Report on vaccination North-West Frontier Province 1904-1922 - 1904-1922
Year: 1904
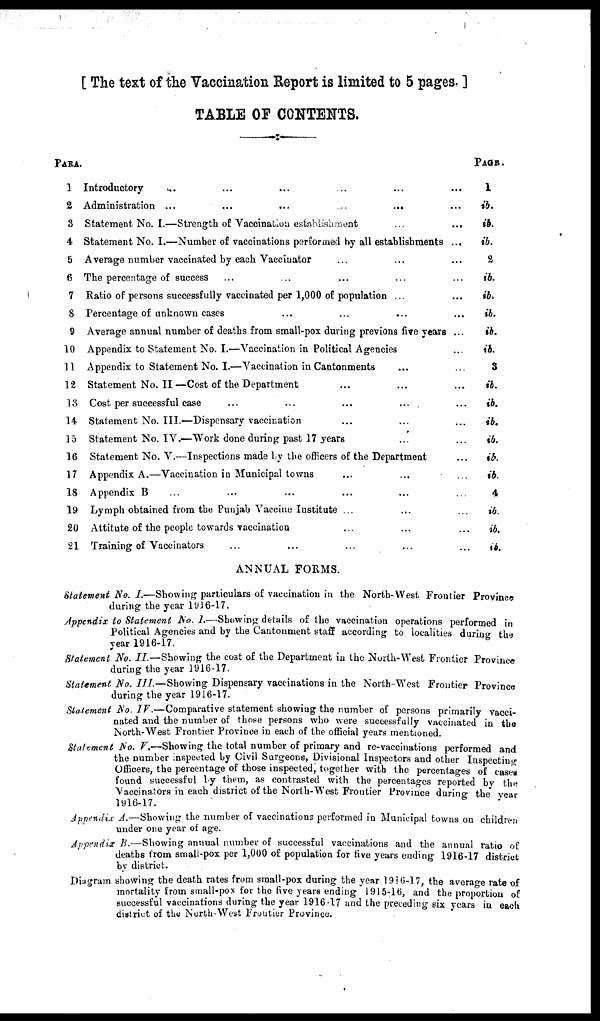
[ The text of the Vaccination Report is limited to 5 pages. ]
TABLE OF CONTENTS.
PARA.
1
2
3
4
5
6
7
8
9
10
11
12
13
14
15
16
17
18
19
20
21
Introductory ... ... ... ... ... ...
Administration ...
...
...
... ... ...
Statement No. I.—Strength of Vaccination establishment ... ...
Statement No. I.—Number of vaccinations performed by all establishments ...
Average number vaccinated by each Vaccinator ... ... ...
The percentage of success ... ... ... ... ...
Ratio of persons successfully vaccinated per 1,000 of population ... ...
Percentage of unknown cases ... ... ... ...
Average annual number of deaths from small-pox during previous five years ...
Appendix to Statement No. I.—Vaccination in Political Agencies ...
Appendix to Statement No. I.—Vaccination in Cantonments ... ...
Statement No. II —Cost of the Department ... ... ...
Cost per successful case ... ... ... ... ...
Statement No. III.—Dispensary vaccination ... ... ...
Statement No. IV.—Work done during past 17 years ... ...
Statement No. V.—Inspections made by the officers of the Department ...
Appendix A.—Vaccination in Municipal towns ... ... ...
Appendix B
Lymph obtained from the Punjab Vaccine Institute ... ... ...
Attitute of the people towards vaccination ... ... ...
Training of Vaccinators ... ... ... ... ...
PAGE.
1
ib.
ib.
ib.
2
ib.
ib.
ib.
ib.
ib.
3
ib.
ib.
ib.
ib.
ib.
ib.
4
ib.
ib.
ib.
ANNUAL FORMS.
Statement No. I.—Showing particulars of vaccination in the North-West Frontier Province
during the year 1916-17.
Appendix to Statement No. I.—Showing details of the vaccination operations performed in
Political Agencies and by the Cantonment staff according to localities during the
year 1916-17.
Statement No. II—Showing the cost of the Department in the North-West Frontier Province
during the year 1916-17.
Statement No. III.—Showing Dispensary vaccinations in the North-West Frontier Province
during the year 1916-17.
Statement No. IV.—Comparative statement showing the number of persons primarily vacci¬
nated and the number of those persons who were successfully vaccinated in the
North-West Frontier Province in each of the official years mentioned.
Statement No. V.—Showing the total number of primary and re-vaccinations performed and
the number inspected by Civil Surgeons, Divisional Inspectors and other Inspecting
Officers, the percentage of those inspected, together with the percentages of cases
found successful by them, as contrasted with the percentages reported by the
Vaccinators in each district of the North-West Frontier Province during the year
1916-17.
Appendix A.—Showing the number of vaccinations performed in Municipal towns on children
under one year of age.
Appendix B.—Showing annual number of successful vaccinations and the annual ratio of
deaths from small-pox per 1,000 of population for five years ending 1916-17 district
by district.
Diagram showing the death rates from small-pox during the year 1916-17, the average rate of
mortality from small-pox for the five years ending 1915-16, and the proportion of
successful vaccinations during the year 1916-17 and the preceding six years in each
district of the North-West Frontier Province.